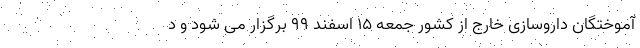
آموختگان داروسازی خارج از کشور جمعه ۱۵ اسفند ۹۹ برگزار می شود و د